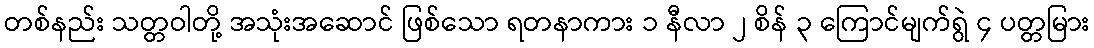
တစ်နည်း သတ္တဝါတို့ အသုံးအဆောင် ဖြစ်သော ရတနာကား ၁ နီလာ ၂ စိန် ၃ ကြောင်မျက်ရွဲ ၄ ပတ္တမြား